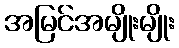
အမြင်အမျိုးမျိုး